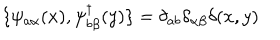
\{ \psi _ { a \alpha } ( x ) , \psi _ { b \beta } ^ { \dagger } ( y ) \} = \delta _ { a b } \delta _ { \alpha \beta } \delta ( x , y )